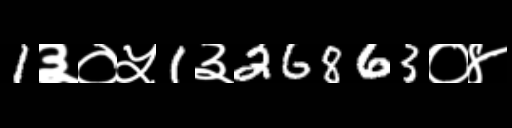
Text: 1३०५1३26863०४